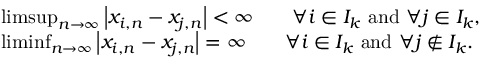
\begin{array} { r l } & { \operatorname* { l i m s u p } _ { n \to \infty } \left| x _ { i , n } - x _ { j , n } \right| < \infty \qquad \forall i \in I _ { k } \ \mathrm { a n d } \ \forall j \in I _ { k } , } \\ & { \operatorname* { l i m i n f } _ { n \to \infty } \left| x _ { i , n } - x _ { j , n } \right| = \infty \qquad \forall i \in I _ { k } \ \mathrm { a n d } \ \forall j \not \in I _ { k } . } \end{array}